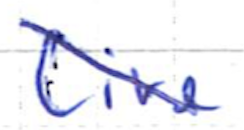
Text: Live
Cross-out: diagonal
Writing tool: ballpoint